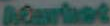
Market